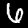
Digit: 6